Scientific memoirs by medical officers of the Army of India - Part XII,
Year: 1901
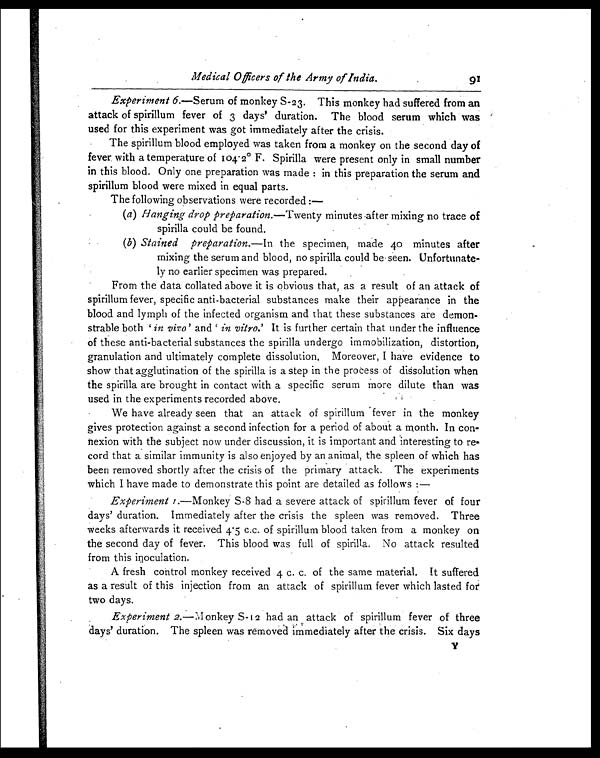
Medical Officers of the Army of India. 9 1
Experiment 6 .—Serum of monkey S-23. This monkey had suffered from an
attack of spirillum fever of 3 days' duration. The blood serum which was
used for this experiment was got immediately after the crisis.
The spirillum blood employed was taken from a monkey on the second day of
fever with a temperature of 104.2° F. Spirilla were present only in small number
in this blood. Only one preparation was made : in this preparation the serum and
spirillum blood were mixed in equal parts.
The following observations were recorded :—
(a ) Hanging drop preparation.—Twenty minutes after mixing no trace of
spirilla could be found.
( b ) Stained preparation.— In the specimen, made 40 minutes after
mixing the serum and blood, no spirilla could be seen. Unfortunate-
ly no earlier specimen was prepared.
From the data collated above it is obvious that, as a result of an attack of
spirillum fever, specific anti-bacterial substances make their appearance in the
blood and lymph of the infected organism and that these substances are demon-
strable both 'i n
v i v o '
a n d '
i n v i t r o . '
I t i s f u r t h e r c e r t a i n t h a t u n d e r t h e i n f l u e n c e
of these anti-bacterial substances the spirilla undergo immobilization, distortion,
granulation and ultimately complete dissolution. Moreover, I have evidence to
show that agglutination of the spirilla is a step in the process of dissolution when
the spirilla are brought in contact with a specific serum more dilute than was
used in the experiments recorded above.
We have already seen that an attack of spirillum fever in the monkey
•
gives protection against a second infection for a period of about a month. In con-
nexion with the subject now under discussion, it is important and interesting to re-
cord that a similar immunity is also enjoyed by an animal, the spleen of which has
been removed shortly after the crisis of the primary attack. The experiments
which I have made to demonstrate this point are detailed as follows
: —
Experiment 1.—Monkey S-8 had a severe attack of spirillum fever of four
days' duration. Immediately after the crisis the spleen was removed. Three
weeks afterwards it received 4.5 c.c. of spirillum blood taken from a monkey on
the second day of fever. This blood was full of spirilla. No attack resulted
from this inoculation.
A fresh control monkey received 4 c. c. of the same material. It suffered
as a result of this injection from an attack of spirillum fever which lasted for
two days.
Experiment 2.— Monkey S-12 had an attack of spirillum fever of three
days' duration. The spleen was removed immediately after the crisis. Six days
Y